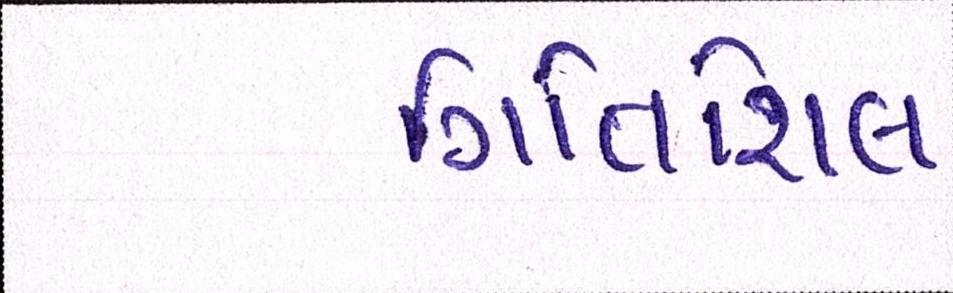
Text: ગતિશિલ